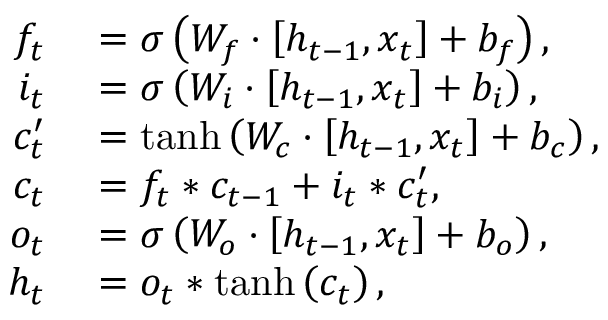
\begin{array} { r l } { f _ { t } } & { { } = \sigma \left( W _ { f } \cdot \left[ h _ { t - 1 } , x _ { t } \right] + b _ { f } \right) , } \\ { i _ { t } } & { { } = \sigma \left( W _ { i } \cdot \left[ h _ { t - 1 } , x _ { t } \right] + b _ { i } \right) , } \\ { c _ { t } ^ { \prime } } & { { } = \operatorname { t a n h } \left( W _ { c } \cdot \left[ h _ { t - 1 } , x _ { t } \right] + b _ { c } \right) , } \\ { c _ { t } } & { { } = f _ { t } * c _ { t - 1 } + i _ { t } * c _ { t } ^ { \prime } , } \\ { o _ { t } } & { { } = \sigma \left( W _ { o } \cdot \left[ h _ { t - 1 } , x _ { t } \right] + b _ { o } \right) , } \\ { h _ { t } } & { { } = o _ { t } * \operatorname { t a n h } \left( c _ { t } \right) , } \end{array}